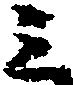
ミ